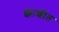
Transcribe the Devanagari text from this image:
झाशीत